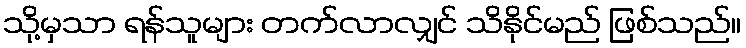
သို့မှသာ ရန်သူများ တက်လာလျှင် သိနိုင်မည် ဖြစ်သည်။